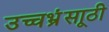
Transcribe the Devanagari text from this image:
उच्चभ्रूंसाठी